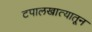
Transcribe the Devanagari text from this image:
टपालखात्यातून